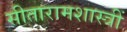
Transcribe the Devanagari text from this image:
सीतारामशास्त्रीं